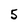
Character: 5